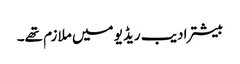
بیشتر ادیب ریڈیو میں ملازم تھے۔